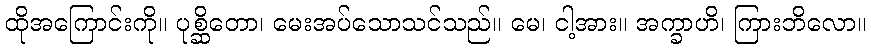
ထိုအကြောင်းကို။ ပုစ္ဆိတော၊ မေးအပ်သောသင်သည်။ မေ၊ ငါ့အား။ အက္ခာဟိ၊ ကြားဘိလော။